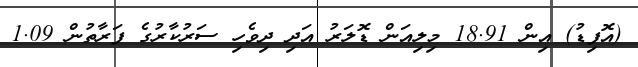
(އޮފިޑު) އިން 18.91 މިލިއަން ޑޮލަރު އަދި ދިވެހި ސަރުކާރުގެ ފަރާތުން 1.09